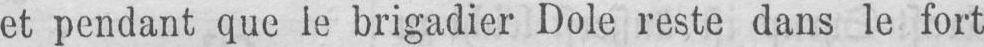
et pendant que le brigadier Dole reste dans le fort